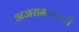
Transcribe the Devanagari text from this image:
अजरामरकृती